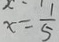
x = \frac { 1 } { 5 }